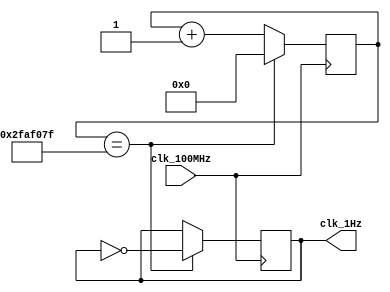
`timescale 1ns / 1ps

module oneHz_gen(
    input clk_100MHz,       // from Basys 3
    output clk_1Hz
    );
    
    reg [25:0] counter_reg = 0;
    reg clk_reg = 0;
    
    always @(posedge clk_100MHz) begin
        if(counter_reg == 49_999_999) begin
            counter_reg <= 0;
            clk_reg <= ~clk_reg;
        end
        else
            counter_reg <= counter_reg + 1;
    end
    
    assign clk_1Hz = clk_reg;
    
endmodule